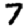
Digit: 7